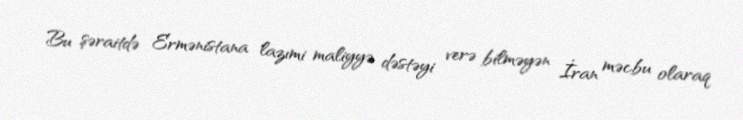
Bu şəraitdə Ermənistana lazımi maliyyə dəstəyi verə bilməyən İran məcbu olaraq